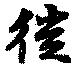
徙